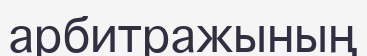
арбитражының